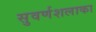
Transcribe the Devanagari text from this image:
सुवर्णशलाका